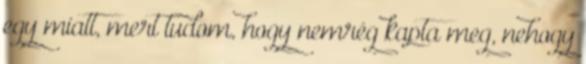
egy miatt, mert tudom, hogy nemrég kapta meg, nehogy